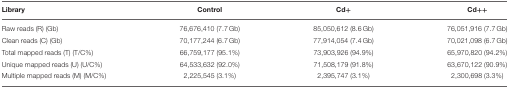
| Library | Control | Cd+ | Cd++ |
 | --- | --- | --- | --- |
 | Raw reads (R) (Gb) | 76,676,410 (7.7 Gb) | 85,050,612 (8.6 Gb) | 76,051,916 (7.7 Gb) |
 | Clean reads (C) (Gb) | 70,177,244 (6.7 Gb) | 77,914,054 (7.4 Gb) | 70,021,098 (6.7 Gb) |
 | Total mapped reads (T) (T/C%) | 66,759,177 (95.1%) | 73,903,926 (94.9%) | 65,970,820 (94.2%) |
 | Unique mapped reads (U) (U/C%) | 64,533,632 (92.0%) | 71,508,179 (91.8%) | 63,670,122 (90.9%) |
 | Multiple mapped reads (M) (M/C%) | 2,225,545 (3.1%) | 2,395,747 (3.1%) | 2,300,698 (3.3%) |